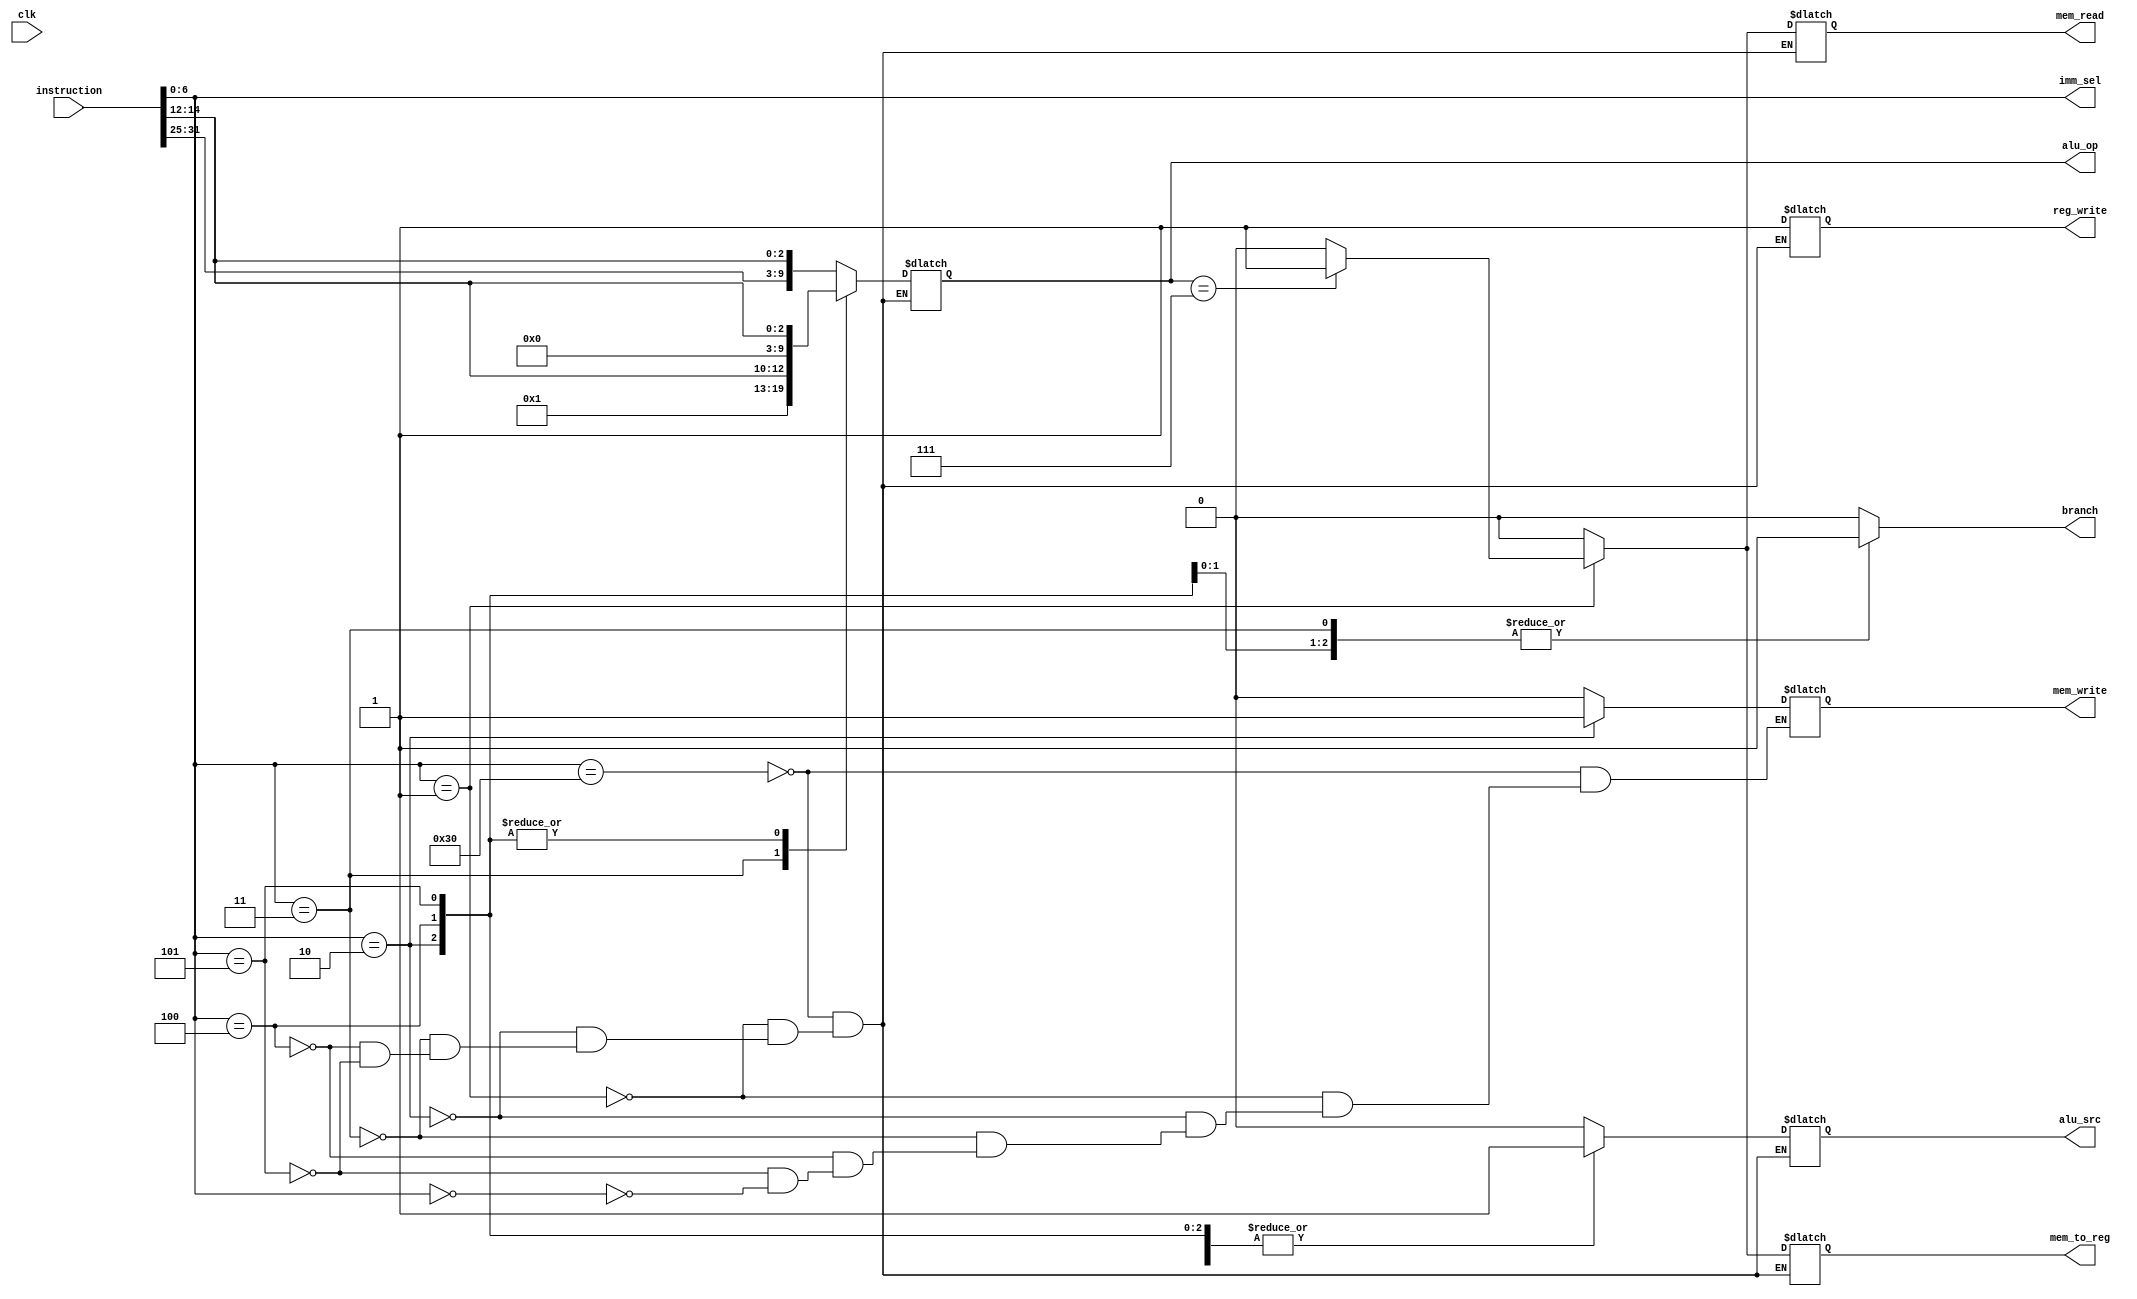
`timescale 1ns / 1ps
//////////////////////////////////////////////////////////////////////////////////
// Company: 
// Engineer: 
// 
// Design Name: 
// Module Name: control_unit
// Project Name: 
// Target Devices: 
// Tool Versions: 
// Description: 
// 
// Dependencies: 
// 
// Revision:
// Revision 0.01 - File Created
// Additional Comments:
// 
//////////////////////////////////////////////////////////////////////////////////

`define INSTRUCTION_SIZE     32  // 32 bit instructions

// OPCODES
`define R_TYPE 7'b0110000
`define I_TYPE 7'b0000001
`define S_TYPE 7'b0000010
`define B_TYPE 7'b0000011
`define U_TYPE 7'b0000100
`define J_TYPE 7'b0000101

// funct7+funct3 operations
`define ADD  10'b0000000001
`define SUB  10'b0000000010
`define AND  10'b0000000011
`define SAL  10'b0000000100
`define SAR  10'b0000010101
`define OR   10'b0000000110
`define LW   10'b0000000111
`define SW   10'b0000001111
`define BLEQ 10'b0000001001
`define J    10'b0000001010

module control_unit(
    input clk,
    input [`INSTRUCTION_SIZE-1:0]instruction,   // input instruction type
    output reg branch,                              // signal to indicate branch
    output reg mem_read,                            // signal to indicate mem read
    output reg mem_write,                           // signal to indicate mem write
    output reg reg_write,                           // signal to indicate reg file write
    output reg mem_to_reg,                          // mem mux control
    output reg [6:0]imm_sel,                        // send instreuction type to immediate unit
    output reg alu_src,                             // control alu input mux, 0=reg, 1=imm
    output reg [9:0]alu_op                          // control signal for alu
    );
    
    
    // wire 
    wire [6:0]funct7;
    wire [2:0]funct3;
    assign funct7 = instruction[31:25];
    assign funct3 = instruction[14:12];
    


    
    always @(*) begin      
        imm_sel <= instruction[6:0];
        branch <= 0;
        // set control signal
        case(instruction[6:0])
            `R_TYPE: begin // register type
                branch <= 0;
                mem_read <= 0;
                mem_write <= 0;
                reg_write <= 1;
                mem_to_reg <= 0;
                alu_op <= {funct7, funct3};
                alu_src <= 0; // ise reg
            end
            `I_TYPE: begin  // immediate type
                branch <= 0;
                mem_read <= alu_op == `LW ? 1 : 0;
                mem_write <= 0;
                alu_op <= {funct7, funct3};
                mem_to_reg <= alu_op == `LW ? 1 : 0;
                reg_write <= 1;

                alu_src <= 1; // use imm  
            end
            `S_TYPE: begin  // store type
                branch <= 0;
                mem_read <= 0;
                mem_write <= 1;
                reg_write <= 1;
                mem_to_reg <= 0;
                alu_op <= {7'b0, funct3};
                alu_src <= 1; // use imm
            end
            `B_TYPE: begin  // store type
                branch <= 1;
                mem_read <= 0;
                mem_write <= 0;
                mem_to_reg  <= 0;
                reg_write <= 1;
                alu_op <= {7'b0000001, funct3};
                alu_src <= 0; // use imm
            end
            `U_TYPE: begin  // store type
                branch <= 1;
                mem_read <= 0;
                mem_write <= 0;
                mem_to_reg <= 0;
                reg_write <= 1;
                alu_op <= {7'b0, funct3};
                alu_src <= 1; // use imm
            end
            `J_TYPE: begin  // store type
                branch <= 1;
                mem_read <= 0;
                mem_write <= 0;
                mem_to_reg <= 0;
                reg_write <= 1;
                alu_op <= {7'b0, funct3};
                alu_src <= 1; // use imm
            end
            7'b0:begin
                mem_write <= 0;
                branch <= 0;
            end
         endcase    
    end
endmodule